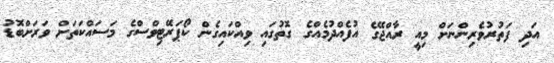
އަދި ފަތުރުވެރިންނަށް މިއީ ރާއްޖޭގެ އުފެއްދުމެއްގެ ގޮތުގައި ވިއްކައިގެން ކޯޕަރޭޓިވްސްގެ މަސައްކަތަށް ވަރަށްބޮޑު